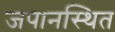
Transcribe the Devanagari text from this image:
जपानस्थित